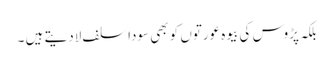
بلکہ پڑوس کی بیوہ عورتوں کو بھی سودا سلف لادیتے ہیں ۔